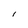
Character: 1